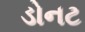
ડોનટ